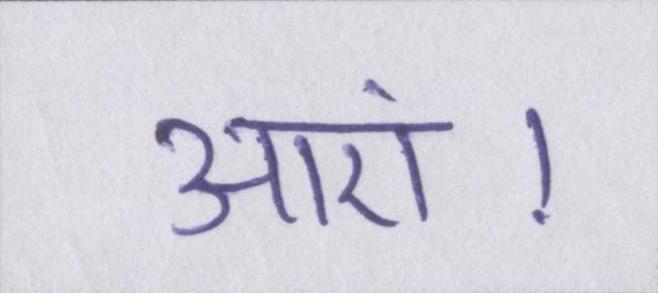
आएं।